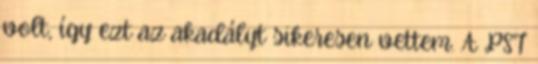
volt, így ezt az akadályt sikeresen vettem. A PST